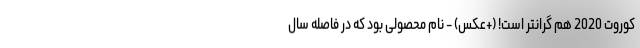
کوروت 2020 هم گرانتر است! (+عکس) - نام محصولی بود که در فاصله سال